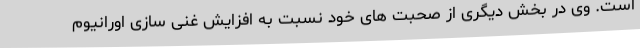
است. وی در بخش دیگری از صحبت های خود نسبت به افزایش غنی سازی اورانیوم